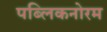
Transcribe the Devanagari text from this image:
पब्लिकनोरम